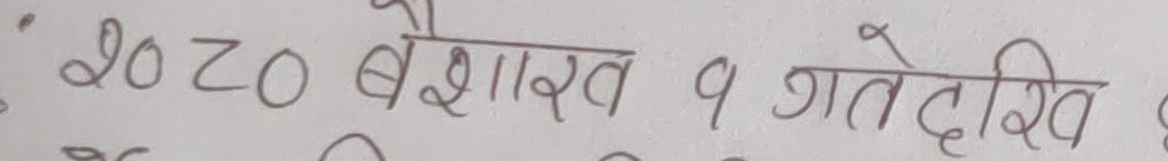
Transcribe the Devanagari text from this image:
२०८० बैशाख १ गतेदेखि